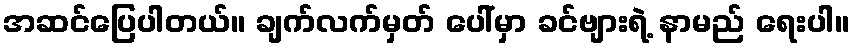
အဆင်ပြေပါတယ်။ ချက်လက်မှတ် ပေါ်မှာ ခင်ဗျားရဲ့ နာမည် ရေးပါ။